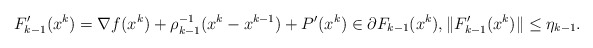
\begin{align*} F'_{k-1}(x^k)=\nabla f(x^k)+\rho_{k-1}^{-1}(x^k-x^{k-1})+P'(x^k) \in \partial F_{k-1}(x^k), \|F'_{k-1}(x^k)\|\leq\eta_{k-1}.\end{align*}